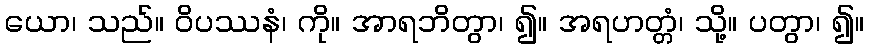
ယော၊ သည်။ ဝိပဿနံ၊ ကို။ အာရဘိတွာ၊ ၍။ အရဟတ္တံ၊ သို့။ ပတွာ၊ ၍။